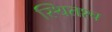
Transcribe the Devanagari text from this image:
स्थितश्च